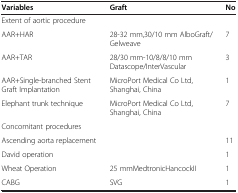
| Variables | Graft | No |
 | --- | --- | --- |
 | Extent of aortic procedure |  |  |
 | AAR+HAR | 28-32 mm,30/10 mm AlboGraft/Gelweave | 7 |
 | AAR+TAR | 28/30 mm-10/8/8/10 mm Datascope/InterVascular | 3 |
 | AAR+Single-branched Stent Graft Implantation | MicroPort Medical Co Ltd, Shanghai, China | 1 |
 | Elephant trunk technique | MicroPort Medical Co Ltd, Shanghai, China | 7 |
 | Concomitant procedures |  |  |
 | Ascending aorta replacement |  | 11 |
 | David operation |  | 1 |
 | Wheat Operation | 25 mmMedtronicHancockII | 1 |
 | CABG | SVG | 1 |